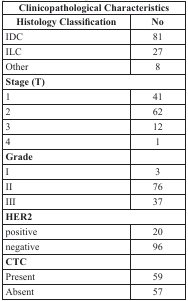
| <COLSPAN=2> Clinicopathological Characteristics |
 | Histology Classification | No |
 | --- | --- |
 | IDC | 81 |
 | ILC | 27 |
 | Other | 8 |
 | <COLSPAN=2> Stage (T) |
 | 1 | 41 |
 | 2 | 62 |
 | 3 | 12 |
 | 4 | 1 |
 | Grade |  |
 | I | 3 |
 | II | 76 |
 | III | 37 |
 | <COLSPAN=2> HER2 |
 | positive | 20 |
 | negative | 96 |
 | CTC |  |
 | Present | 59 |
 | Absent | 57 |